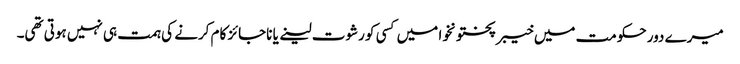
میرے دور حکومت میں خیبر پختونخوا میں کسی کو رشوت لینے یا ناجائز کام کرنے کی ہمت ہی نہیں ہوتی تھی۔